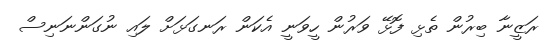
ރަޒީނާ ބިރުން ތެޅި ފޮޅޭ ވަރުން ހީވަނީ އެކަން ރަނގަޅަށް ލައި ނުގަންނަނިސް